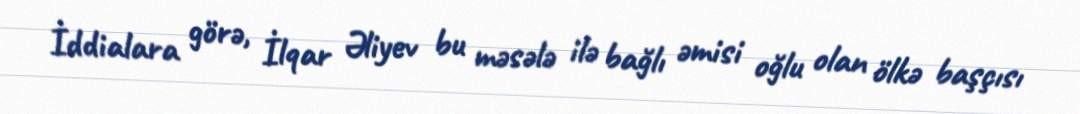
İddialara görə, İlqar Əliyev bu məsələ ilə bağlı əmisi oğlu olan ölkə başçısı